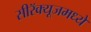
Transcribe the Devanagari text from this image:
सीरॅक्यूजमध्ये